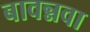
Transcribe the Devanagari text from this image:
बावन्नवा